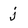
Character: j